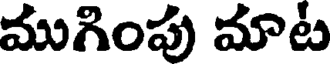
ముగింపు మాట